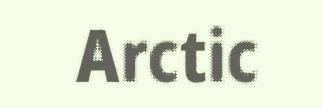
Arctic